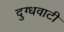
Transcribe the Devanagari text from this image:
दुग्धवाटी